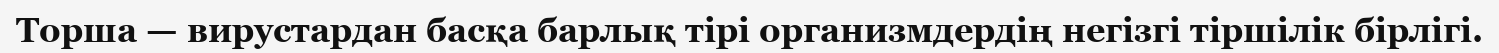
Торша — вирустардан басқа барлық тірі организмдердің негізгі тіршілік бірлігі.